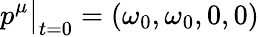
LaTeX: p^{\mu}\big|_{t=0}=(\omega_{0},\omega_{0},0,0)